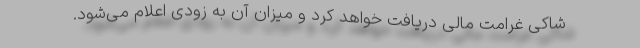
شاکی غرامت مالی دریافت خواهد کرد و میزان آن به زودی اعلام می‌شود.